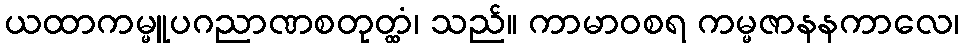
ယထာကမ္မူပဂညာဏစတုတ္ထံ၊ သည်။ ကာမာဝစရ ကမ္မဇာနနကာလေ၊